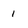
Character: 1